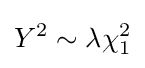
Y^{2}\sim \lambda \chi _{1}^{2}